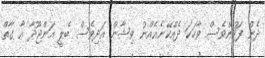
ދެން ފަހުންވެސް ވާހަކަ ދެއްކޭނެއެއްނު ވިޝާން އަދިވެސް ބެލީ އަންޖޫދާ އާ ގާތް